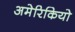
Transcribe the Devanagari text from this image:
अमेरिकियो